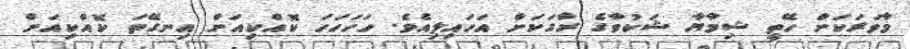
މާވަރަކަށް ހޭތީ ޝިމާޔާ ޝަކުވާގެ ރާގަކަށް އަހައިލިއެވެ. ހަހަހަހަ ކޮއްކިއަށް އިނގޭތަ ކޮއްކިއަށް